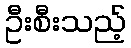
ဦးစီးသည့်